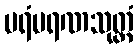
ပရံမရဏသုတ္တံ